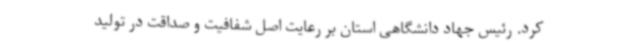
کرد. رئیس جهاد دانشگاهی استان بر رعایت اصل شفافیت و صداقت در تولید